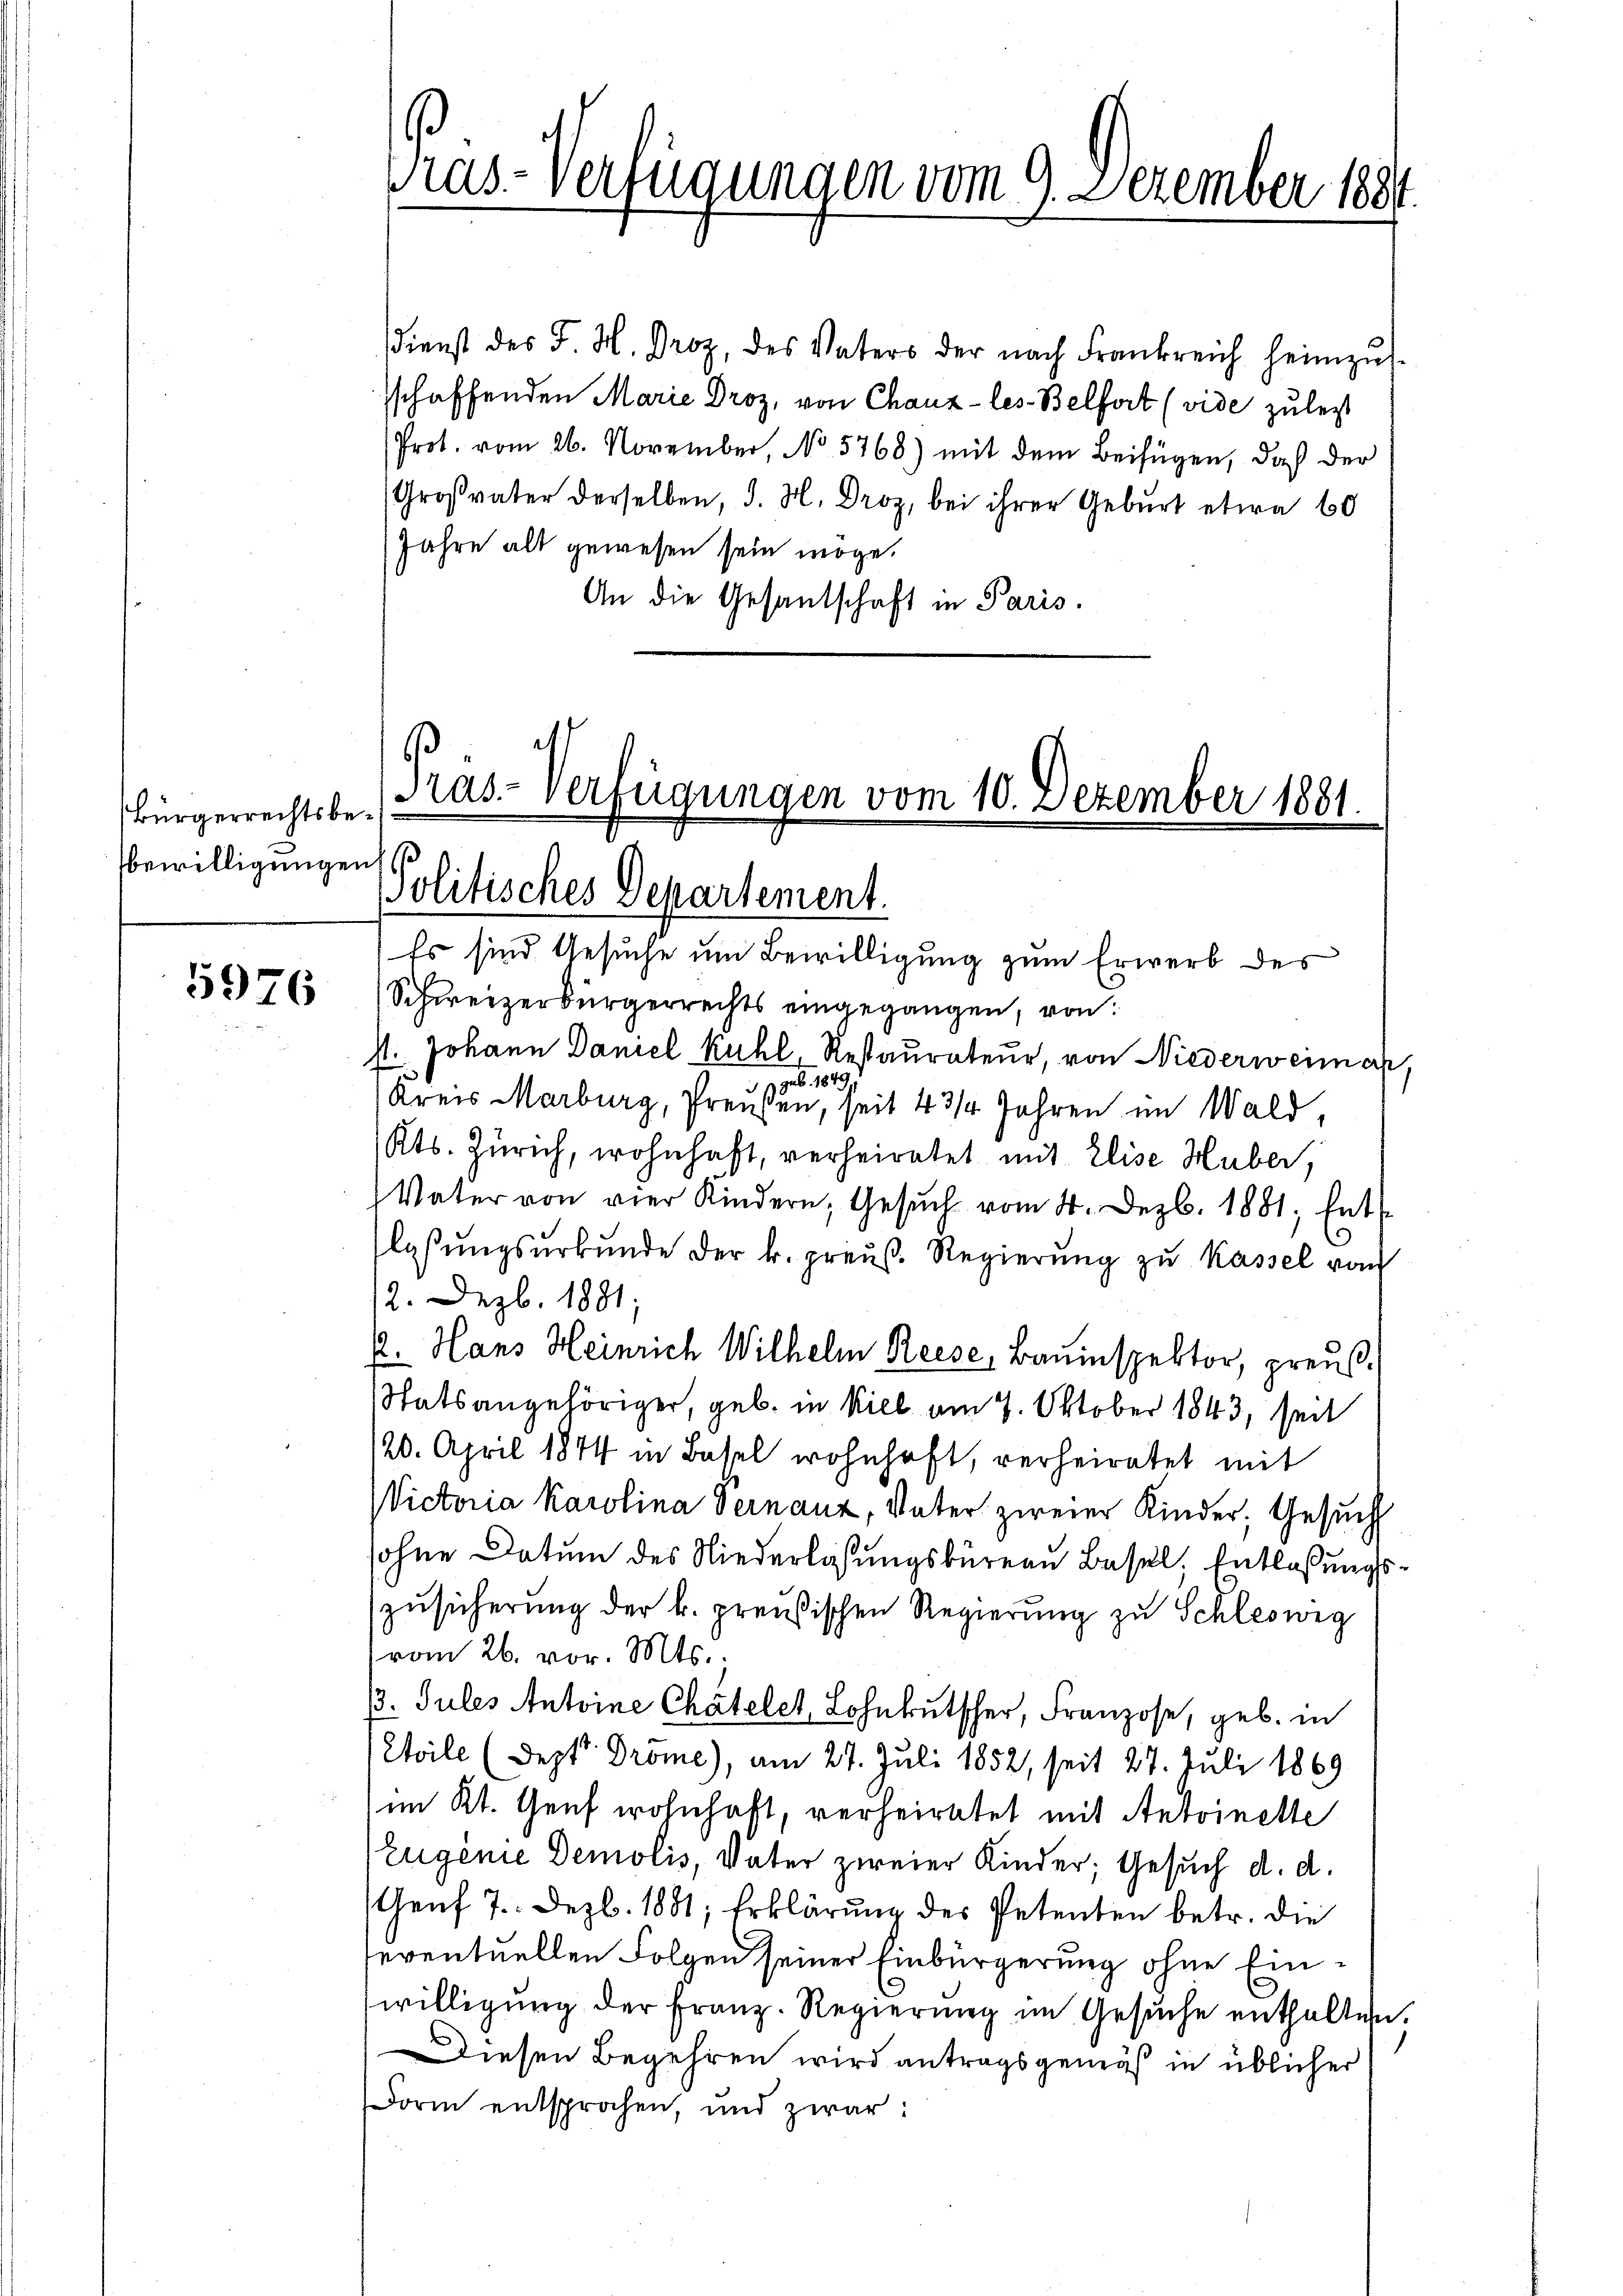
Bürgerrechtsbe¬
Bewilligungen

5976

Pras-Verfügungen vom 9. Dezember 1881

dienst des J. H. Droz, des Vaters der nach Frankreich heimzŭs
schaffenden Marie Droz, von Chaux-les-Belfort (vide zu legt
Prot. vom 26. November, No 5768) mit dem Beifügen, daß der
Großvater derselben, d. M. Droz, bei ihrer Geburt etwa 60
Jahre alt gewesen sein möge.
An die Gesandschaft in Paris.

Pras-Verfügungen vom 10. Dezember 1881.
Politisches Departement.

Es sind Gesuche um Bewilligung zum Erwerb des
Schweizerbürgerrechts eingegangen, von
st. Johann Daniel Kuhl, Restaŭrateur, von Niederweimar,
 geb. 1849.
Kreis Marburg, Preußen, seit 4 3/4 Jahren im Wald,
(Kts. Zürich, wohnhaft, verheiratet mit Elise Huber,
Vater von vier Kindern, Gesŭch vom 4. Dezb. 1881; Entlaßungsurkunde der k. preuß. Regierŭng zu Kassel vom
12. Dezb. 1881;
. Hans Heinrich Wilhelm Reise, Bauinspektor, preuß¬
Statsangehöriger, geb. in Kiel am 7. Oktober 1843, seit
120. April 1844 in Basel wohnhaft, verheiratet mit
Victoria Karolina Pernauz, Vater zweier Kinder, Gesuch
sohne Datum des Niederlassungsbureau Basel, Entlaßungszusicherung der k. preußischen Regierung zu Schlesweg
vom 26. vor. Mts.
13. Jules Antoine Chätelet, Lohnkutscher, Franzose, geb. in
Etoile (Dezt Dröme), am 27. Juli 1852, seit 27. Juli 1869
im Kt. Genf wohnhaft, verheiratet mit Antoinette
Eugenie Demolis, Vater zweier Kinder; Gesuch d. d.
Genf 7. Dez. 1881; Erklärung des Petenten betr. die
eventuellen Folgen seiner Einbürgerung ohne Einwilligung der Franz. Regierung im Gesuche enthalten.
Diesen Begehren wird antragsgemäß in üblicher
Dorm entsprochen, und zwar: